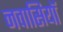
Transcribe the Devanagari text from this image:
नवासियाॅ